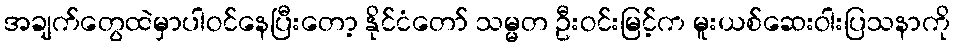
အချက်တွေထဲမှာပါဝင်နေပြီးတော့ နိုင်ငံတော် သမ္မတ ဦးဝင်းမြင့်က မူးယစ်ဆေးဝါးပြသနာကို